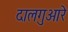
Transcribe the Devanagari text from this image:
दालगुआरे